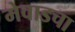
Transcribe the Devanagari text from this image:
मेवाडचा